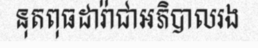
នុតពុធដារ៉ាជាអភិបាលរង